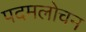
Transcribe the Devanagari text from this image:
पदमलोचन